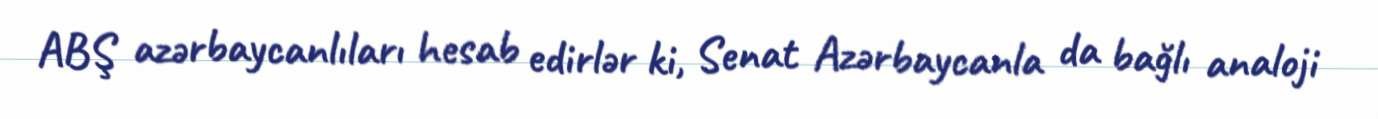
ABŞ azərbaycanlıları hesab edirlər ki, Senat Azərbaycanla da bağlı analoji